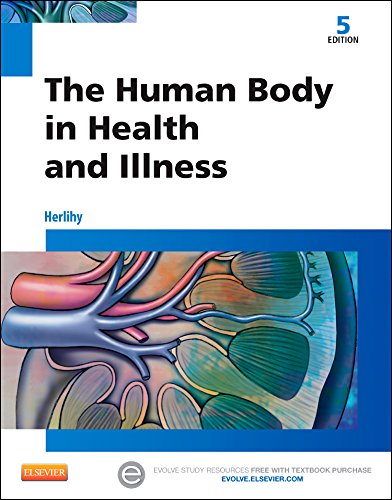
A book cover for The Human Body in Health and Illness, 5e; Barbara Herlihy PhD(Physiology)  RN; Medical Books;